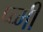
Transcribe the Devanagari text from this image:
प्च्मी